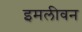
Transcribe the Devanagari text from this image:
इमलीवन